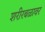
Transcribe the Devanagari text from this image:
शरीरबळावर